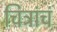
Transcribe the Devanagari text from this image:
चित्रांचं